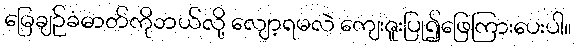
မြေချဉ်ခံဓာတ်ကိုဘယ်လို့ လျော့ရမလဲ ကျေးဇူးပြု၍ဖြေကြားပေးပါ။